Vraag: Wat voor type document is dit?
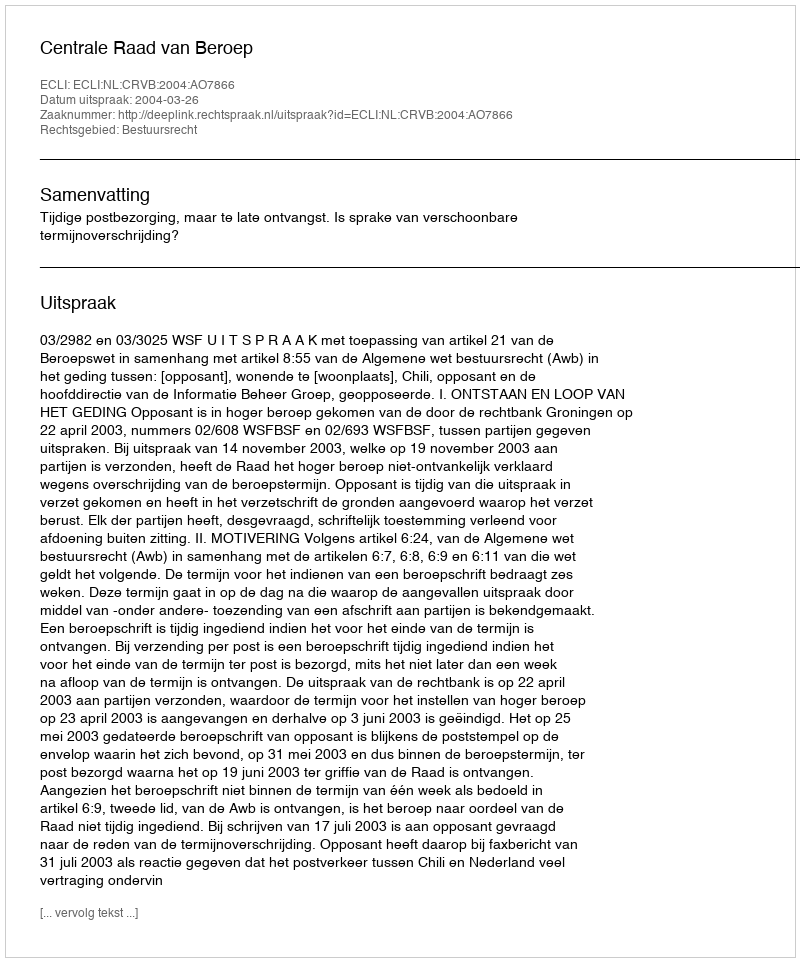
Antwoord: Uitspraak